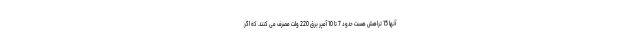
آنها 15 تراهش هست حدود 7 تا 10 آمپر برق 220 ولت مصرف می کنند. که اگر